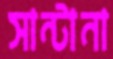
সান্টানা